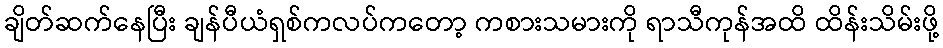
ချိတ်ဆက်နေပြီး ချန်ပီယံရှစ်ကလပ်ကတော့ ကစားသမားကို ရာသီကုန်အထိ ထိန်းသိမ်းဖို့